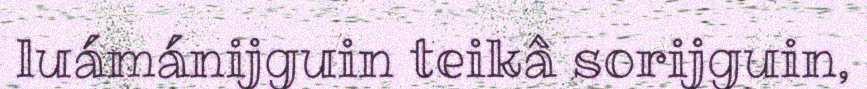
luámánijguin teikâ sorijguin,